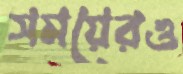
সময়েরও